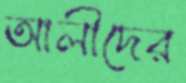
আলীদের